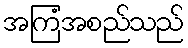
အကြံအစည်သည်